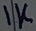
Text: 1K